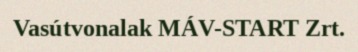
Vasútvonalak MÁV-START Zrt.